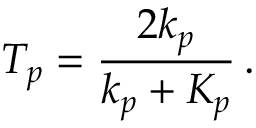
T _ { p } = \frac { 2 k _ { p } } { k _ { p } + K _ { p } } \, .